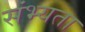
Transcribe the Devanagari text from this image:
संभ्यता